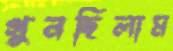
গুনছিলাম